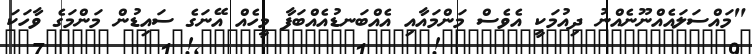
"މައްސަލައެއްނޫނެއްނު ދިއުމަކީ އެވެސް މަންމައާއި އެއްބަނޑުއެއްބަފާ މީހެއް އޭނަގެ ސައިޑުން މަންމަގެ ވާހަކަ